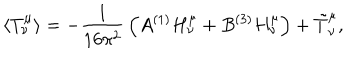
LaTeX: \langle T _ { \nu } ^ { \mu } \rangle = - { \frac { 1 } { 1 6 \pi ^ { 2 } } } \left( A { } ^ { ( 1 ) } H _ { \nu } ^ { \mu } + B { } ^ { ( 3 ) } H _ { \nu } ^ { \mu } \right) + \tilde { T } _ { \nu } ^ { \mu } ,